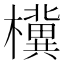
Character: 𪴗